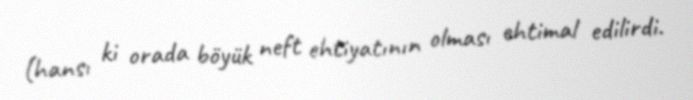
(hansı ki orada böyük neft ehtiyatının olması ehtimal edilirdi.